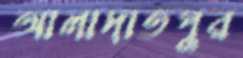
আলাদাতপুর